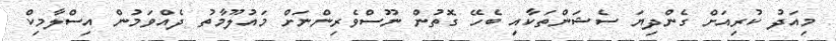
މިއަދު ކުރިއަށް ގެންދިޔަ ސެޝަންތަކާއި ބެހޭ ގޮތުން ނޫސްވެރިންނަށް މައުލޫމާތު ދެއްވަމުން އިސްލާމިކް